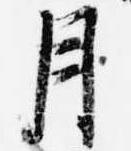
月